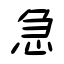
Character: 急